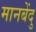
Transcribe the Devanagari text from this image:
मानबेंदु